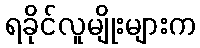
ရခိုင်လူမျိုးများက